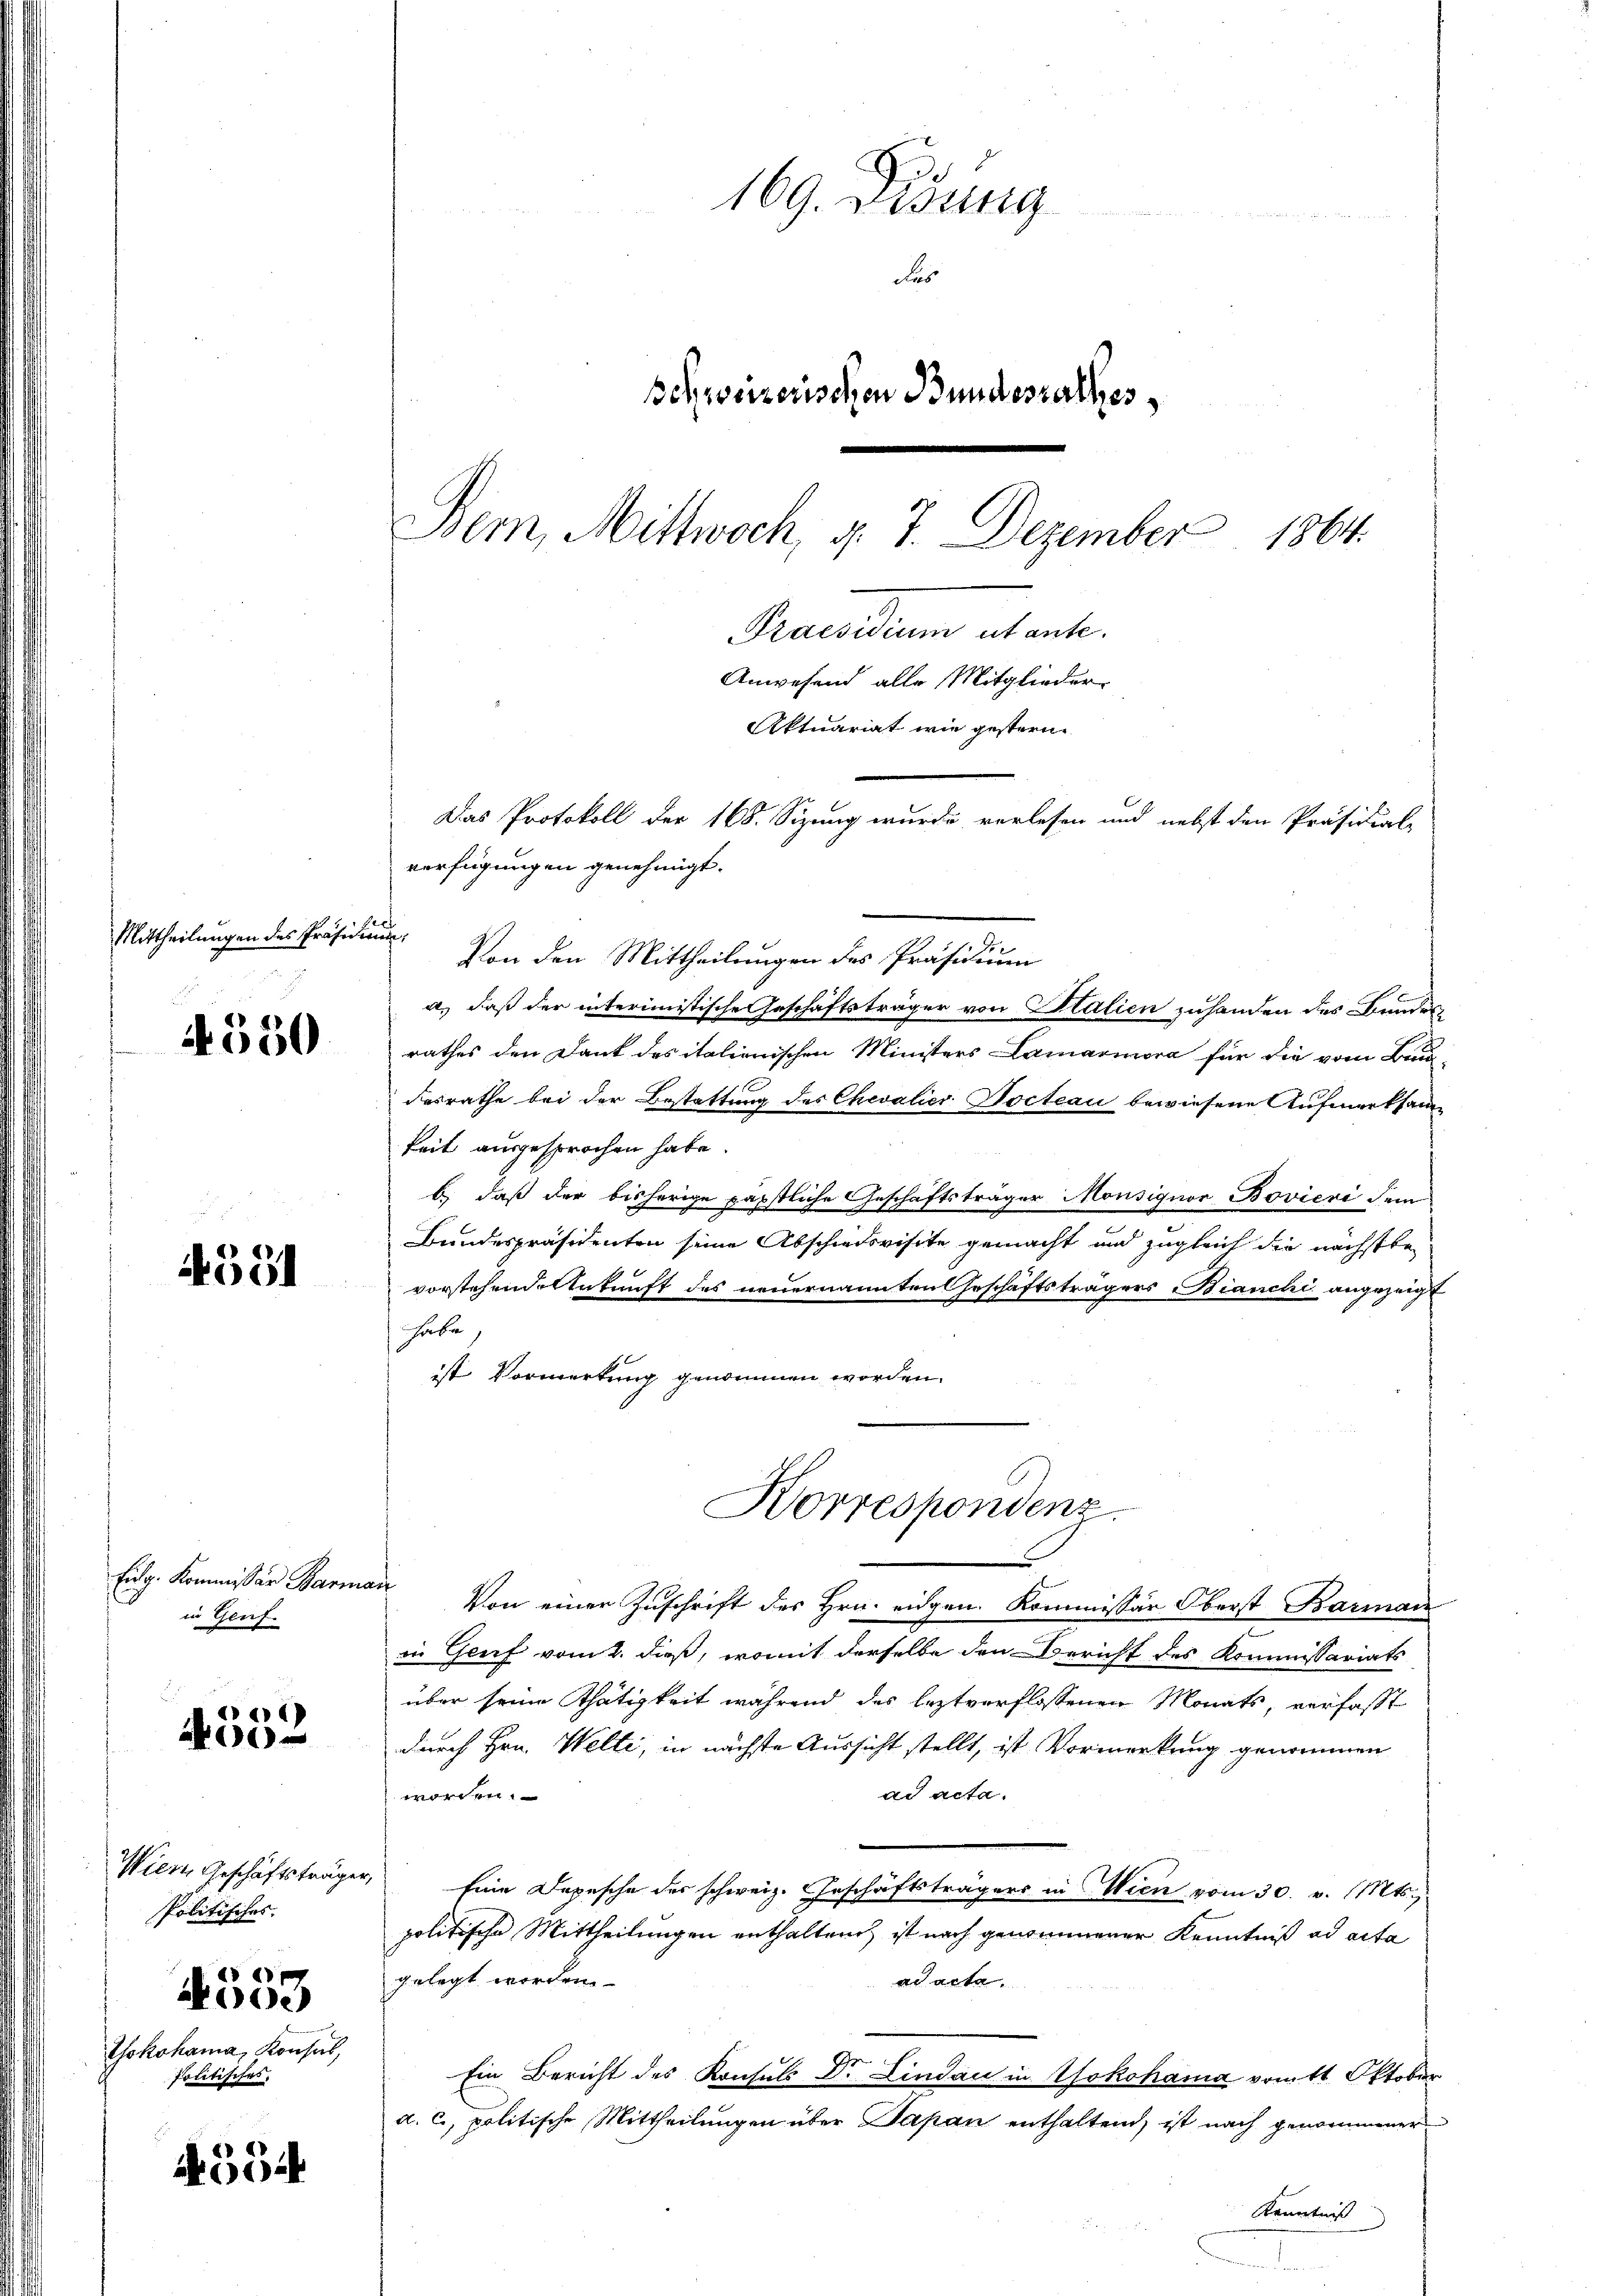
Mittheilungen des Präsidium,

4550

4391

Eidg. Kommissär Barma
in Genf.

4552

Wiern Geschäftsträgen
Politisches

e
Yokohama, Konsul,
politisches.

594

169. Didung
Fas
Schweizerischen Bundesrathes,
Bem, Mittwoch, d. 7. Dezember 1864.
Praesidium utante.
Anwesend alle Mitglieder
Aktuariat wie gesterne
Das Protokoll der 168. Sizung wurde verlesen und nebst den Präsidial-

verfügungen genehmigt.
Von den Mittheilungen des Präsidium
a.) daß der interimistische Geschäftsträger von Stalien zuhanden des Bundesrathes den Dank des italienischen Ministers Lamariora für die vom Bund
desrathe bei der Bestattung des Chevalier Pocteau bewiesene Aufmerksam
keit ausgesprochen habe.
b.) daß der bisherige päpstliche Geschäftsträger Monsignor Bovieri dem
b
Bundespräsidenten seine Abschiedsvisite gemacht und zugleich die nächstbe
vorstehende Ankauft des neuernannten Geschäftsträgers Bianchi angezeicht
habe,
ist Vormerkung genommen worden.
 Von einer Zuschrift des Hrn. eidgen. Kommissär Oberst Barman
in Genf vom 2. dieß, womit derselbe den Bericht des Kommissariats
über seine Thätigkeit während des leztverflossenen Monats, verfasst
durch Hrn. Welte, in nächste Aussicht stellt, ist Vormerkung genommen
ad acta.
worden.
Eine Depesche des schweiz. Geschäftsträgers in Wien vom 30. v. Mts.
politische Mittheilungen enthaltend, ist nach genommener Kenntniß ad acta
gelegt worden.
ad acta.
Ein Bericht des Konsuls Dr. Lindau in Yokohama vom 11. Oktober
a. C, politische Mittheilungen über Sapan enthaltend, ist nach genommener
Kenntniss

Korrespondenz